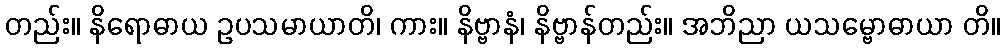
တည်း။ နိရောဓာယ ဥပသမာယာတိ၊ ကား။ နိဗ္ဗာနံ၊ နိဗ္ဗာန်တည်း။ အဘိညာ ယသမ္ဗောဓာယာ တိ။